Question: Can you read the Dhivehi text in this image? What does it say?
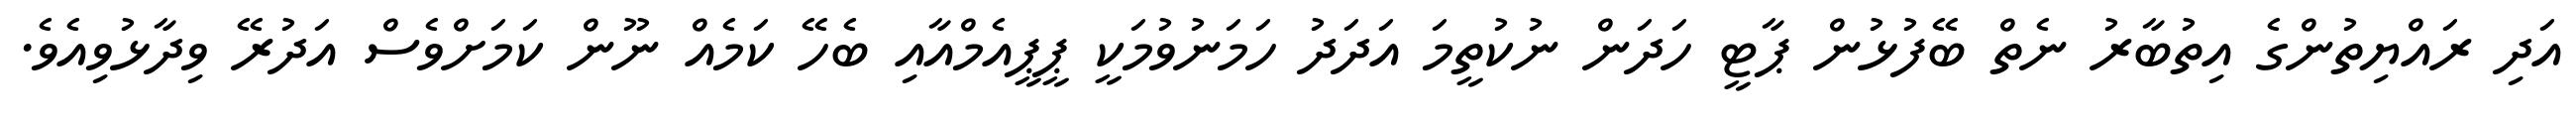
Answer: އަދި ރައްޔިތުންގެ އިތުބާރު ނެތް ބޭފުޅުން ޕާޓީ ހަދަން ނުކުތީމަ އަދަދު ހަމަނުވުމަކީ ޕީޕީއެމްއާއި ބެހޭ ކަމެއް ނޫން ކަމަށްވެސް އަދުރޭ ވިދާޅުވިއެވެ.